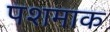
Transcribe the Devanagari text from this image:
पशमाक